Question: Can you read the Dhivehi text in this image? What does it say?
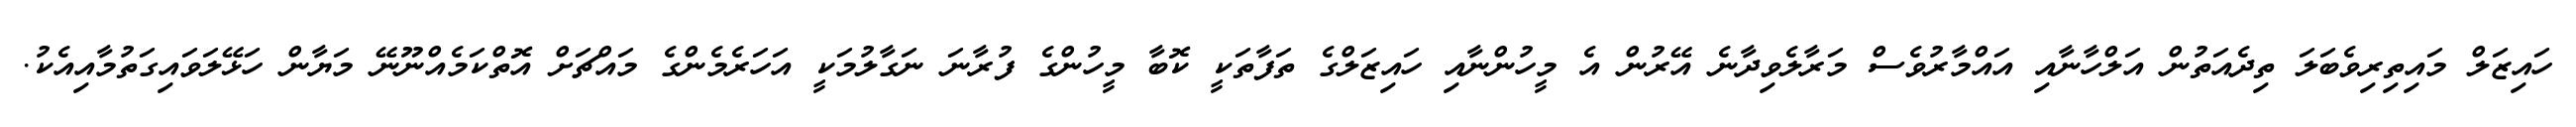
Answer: ހައިޒަލް މައިތިރިވެބަލަ ތިދެއަތުން އަލްހާނާއި އައްމާރުވެސް މަރާލެވިދާނެ އޭރުން އެ މީހުންނާއި ހައިޒަލްގެ ތަފާތަކީ ކޮބާ މީހުންގެ ފުރާނަ ނަގާލުމަކީ އަހަރެމެންގެ މައްޗަށް އޮތްކަމެއްނޫނޭ މަޔާން ހަޅޭލަވައިގަތުމާއިއެކު.